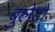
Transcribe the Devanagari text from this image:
बुलेटों